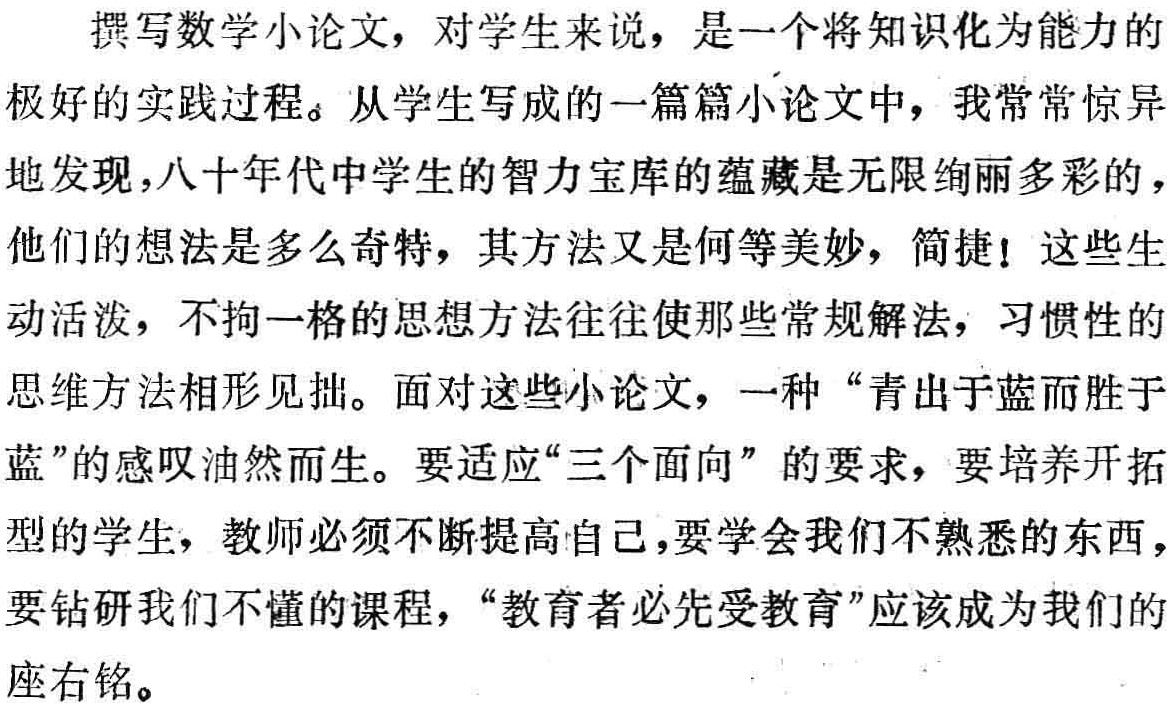
\[

\begin{align*}

&306\times\frac{7}{7 + 5 + 5}\\

=&306\times\frac{7}{17}\\

=&126（吨）

\end{align*}

\]